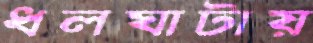
ধলঘাটায়